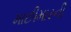
માછીમારની